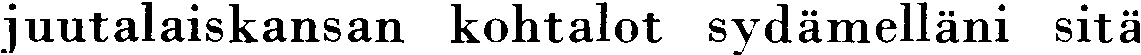
juutalaiskansan kohtalot sydämelläni sitä